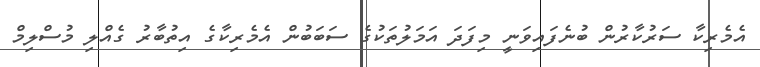
އެމެރިކާ ސަރުކާރުން ބުނެފައިވަނީ މިފަދަ އަމަލުތަކުގެ ސަބަބުން އެމެރިކާގެ އިތުބާރު ގެއްލި މުސްލިމް